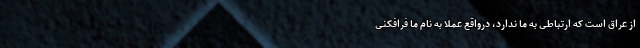
از عراق است که ارتباطی به ما ندارد، درواقع عملاً به نام ما فرافکنی